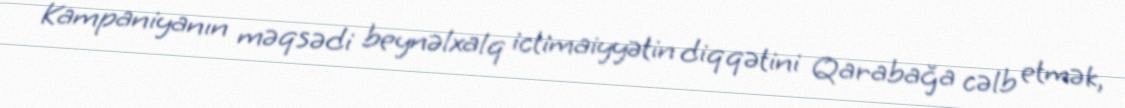
Kampaniyanın məqsədi beynəlxalq ictimaiyyətin diqqətini Qarabağa cəlb etmək,